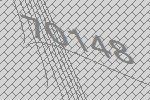
70148